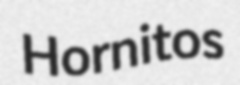
Hornitos